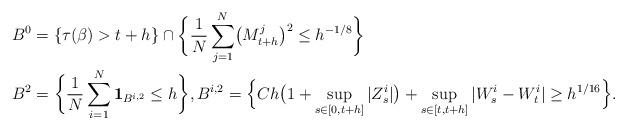
LaTeX: \begin{align*}&B^{0}=\{\tau(\beta)>t+h\}\cap\biggl\{\frac{1}{N}\sum_{j=1}^{N}\bigl(M_{t+h}^{j}\bigr)^{2}\leq h^{-1/8}\biggr\}\\&B^{2}=\biggl\{\frac{1}{N}\sum_{i=1}^{N}{\mathbf{1}}_{B^{i,2}}\leq h\biggr\}, B^{i,2}=\Bigl\{ Ch\bigl(1+\sup_{s \in [0,t+h]}\vert Z_{s}^{i}\vert\bigr)+\sup_{s \in [t,t+h]}\vert W_{s}^{i}-W_{t}^{i}\vert\geq h^{1/16}\Bigr\}.\end{align*}